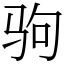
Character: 驹